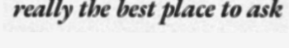
really the best place to ask